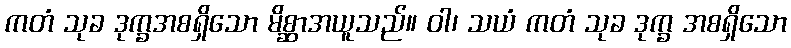
ကတံ သုခ ဒုက္ခအစရှိသော မိစ္ဆာအယူသည်။ ဝါ၊ သယံ ကတံ သုခ ဒုက္ခ အစရှိသော